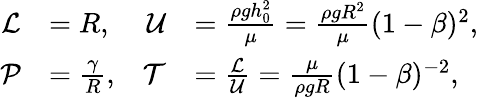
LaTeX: \begin{array}{rlrl}{\mathcal{L}}&{=R,}&{\mathcal{U}}&{=\frac{\rho gh_{0}^{2}}{\mu}=\frac{\rho gR^{2}}{\mu}(1-\beta)^{2},}\\ {\mathcal{P}}&{=\frac{\gamma}{R},}&{\mathcal{T}}&{=\frac{\mathcal{L}}{\mathcal{U}}=\frac{\mu}{\rho gR}(1-\beta)^{-2},}\end{array}